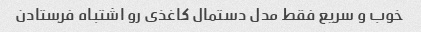
خوب و سریع فقط مدل دستمال کاغذی رو اشتباه فرستادن